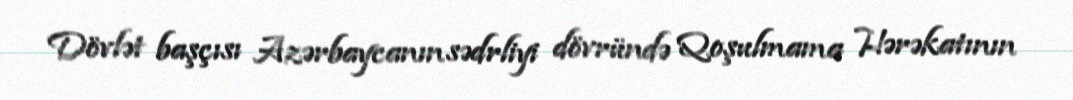
Dövlət başçısı Azərbaycanın sədrliyi dövründə Qoşulmama Hərəkatının